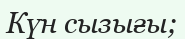
Күн сызығы;